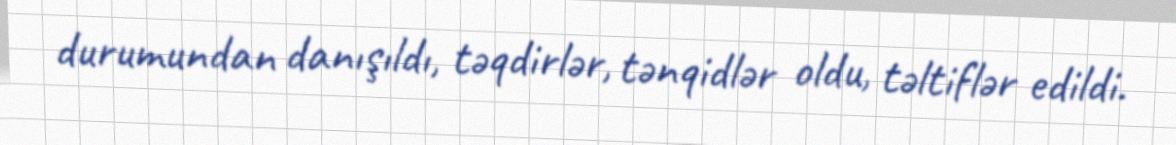
durumundan danışıldı, təqdirlər, tənqidlər oldu, təltiflər edildi.